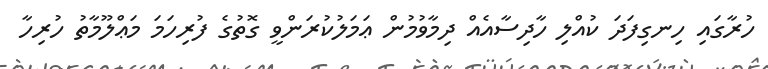
ހުރާގައި ހިނގިފަދަ ކުއްލި ހާދިސާއެއް ދިމާވުމުން ޢަމަލުކުރަންވީ ގޮތުގެ ފުރިހަމަ މަޢްލޫމާތު ހުރިހާ